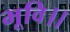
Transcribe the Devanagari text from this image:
भूवि।।